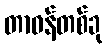
တာဝန်တစ်ခု